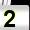
Digit: 2